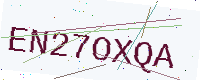
Text: EN27OXQA